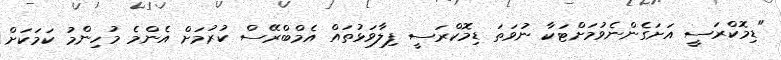
"ޑިމޮކްރަސީ އަށަގެންނެވުމަށްޓަކާ ނުވަތަ ޑިމޮކްރަސީ ފިލާވަޅުތައް އެމްބްރޭސް ކުރުމަށް އެންމެ މުހިންމު ކަމަކަށް